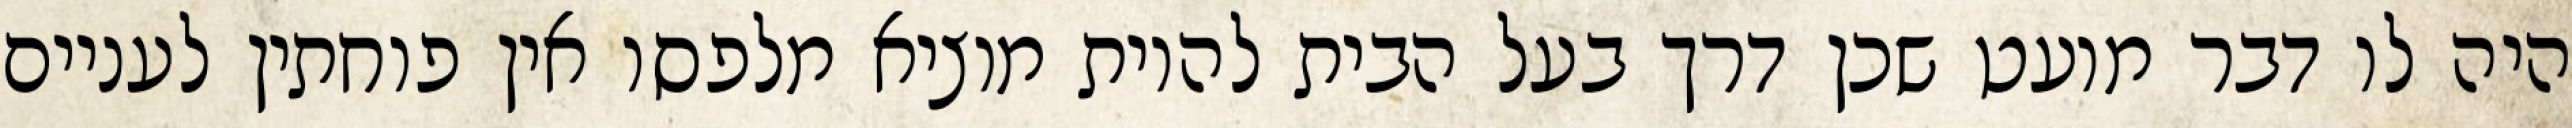
היה לו דבר מועט שכן דרך בעל הבית להיות מוציא מלפסו אין פוחתין לעניים